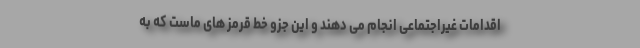
اقدامات غیراجتماعی انجام می دهند و این جزو خط قرمز های ماست که به